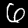
Digit: 6